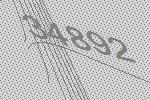
34892